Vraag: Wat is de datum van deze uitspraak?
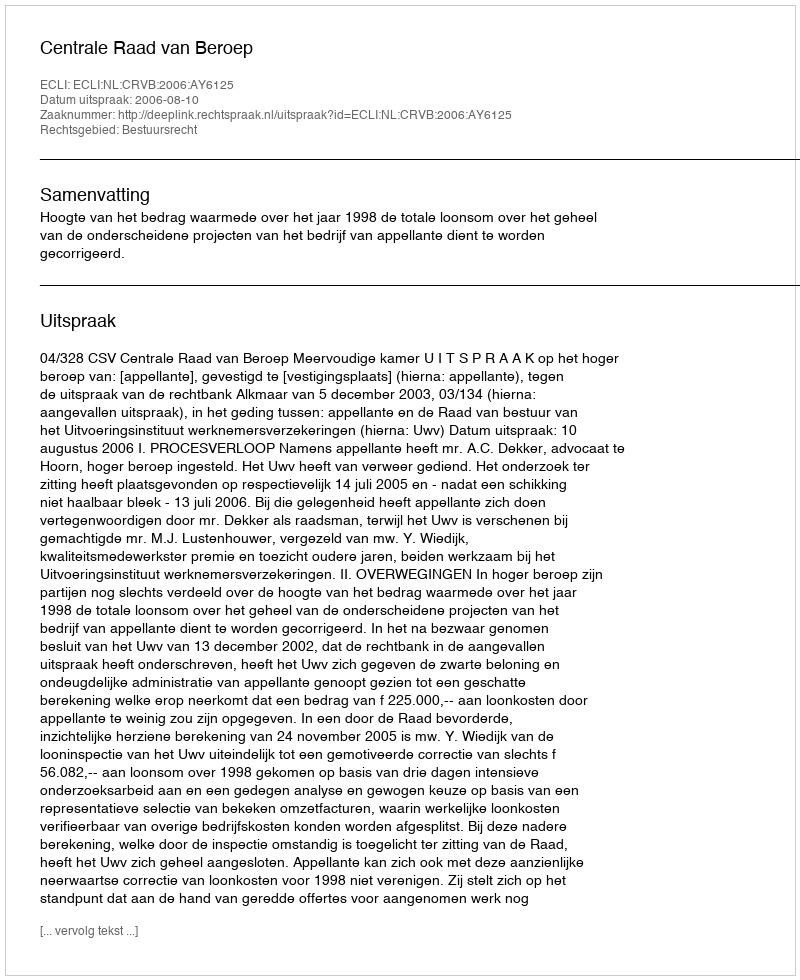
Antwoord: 2006-08-10